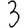
Digit: 3